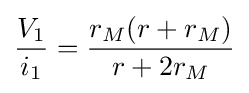
{\frac {V_{1}}{i_{1}}}={\frac {r_{M}(r+r_{M})}{r+2r_{M}}}